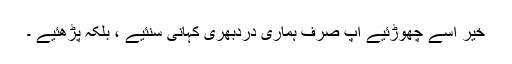
خیر اسے چھوڑئیے آپ صرف ہماری دردبھری کہانی سنئیے ، بلکہ پڑھئیے ۔